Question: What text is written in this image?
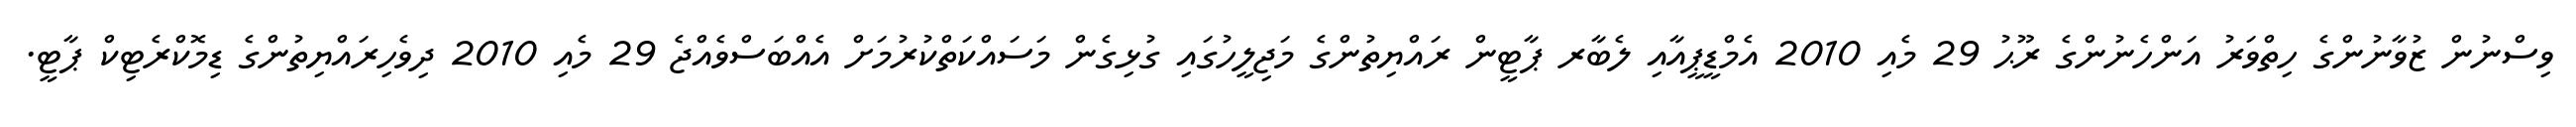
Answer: ވިސްނުން ޒުވާނުންގެ ހިތްވަރު އަންހެނުންގެ ރޫޙު 29 މެއި 2010 އެމްޑީޕީއާއި ލެބާރ ޕާޓީން ރައްޔިތުންގެ މަޖިލީހުގައި ގުޅިގެން މަސައްކަތްކުރުމަށް އެއްބަސްވެއްޖެ 29 މެއި 2010 ދިވެހިރައްޔިތުންގެ ޑިމޮކްރެޓިކް ޕާޓީ.